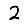
Digit: 2